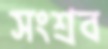
সংশ্রব